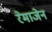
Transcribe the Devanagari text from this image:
रेमाजेन